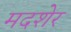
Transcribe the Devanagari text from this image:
मदशेर